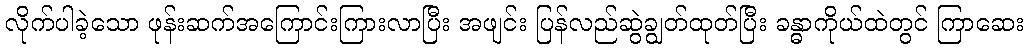
လိုက်ပါခဲ့သော ဖုန်းဆက်အကြောင်းကြားလာပြီး အဖျင်း ပြန်လည်ဆွဲချွတ်ထုတ်ပြီး ခန္ဓာကိုယ်ထဲတွင် ကြာဆေး